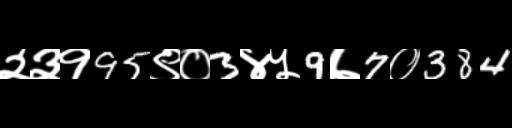
Text: २३१95९०3४५9७7०384